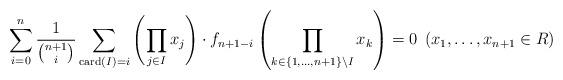
LaTeX: \begin{align*}\displaystyle\sum_{i=0}^{n}\dfrac{1}{\binom{n+1}{i}}\sum_{\mathrm{card}(I)=i}\left(\prod_{j\in I}x_{j}\right)\cdot f_{n+1-i}\left(\prod_{k\in \left\{1, \ldots, n+1\right\}\setminus I}x_{k}\right)=0 \; \left(x_1, \ldots, x_{n+1}\in R\right) \end{align*}